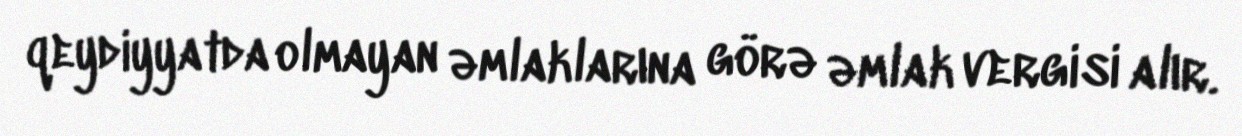
qeydiyyatda olmayan əmlaklarına görə əmlak vergisi alır.